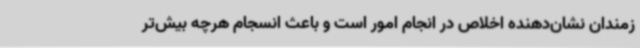
زمندان نشان‌دهنده اخلاص در انجام امور است و باعث انسجام هرچه بیش‌تر